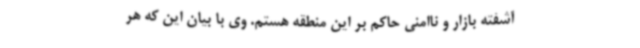
آشفته بازار و ناامنی حاکم بر این منطقه هستم. وی با بیان این که هر